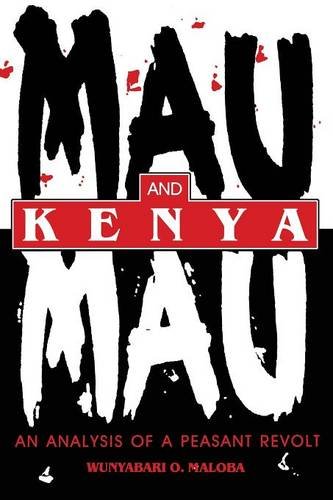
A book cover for Mau Mau and Kenya: An Analysis of a Peasant Revolt (Blacks in the Diaspora); Wunyabari O. Maloba; History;